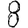
Digit: 8